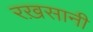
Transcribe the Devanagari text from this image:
रख़सानी